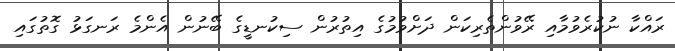
ރައްކާ ނުކުރެވުމާއި ރޭވުންތެރިކަން ދަށްވުމުގެ އިތުރުން ސިކުނޑީގެ ބޭނުން އެންމެ ރަނގަޅު ގޮތުގައި